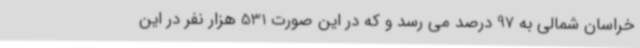
خراسان شمالی به 97 درصد می رسد و که در این صورت 531 هزار نفر در این